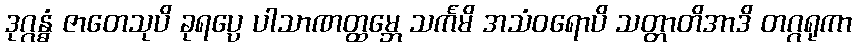
ဒုဂ္ဂန္ဓံ ဇာတေသုပိ ခုရပ္ပေ ပါသာဏတ္ထမ္ဘေ သင်္ကမိ အသံဝရောပိ သတ္တာတိအာဒိ တဂ္ဂရုကာ